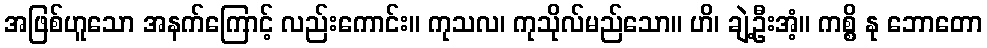
အဖြစ်ဟူသော အနက်ကြောင့် လည်းကောင်း။ ကုသလ၊ ကုသိုလ်မည်သော။ ဟိ၊ ချဲ့ဦးအံ့။ ကစ္စိ နု ဘောတော